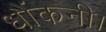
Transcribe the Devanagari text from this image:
धौंकनी।